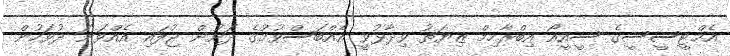
އެމްޓީސީސީގެ ސީއީއޯ އިބްރާހިމް ޒިޔަތު ވިދާޅުވީ އެއްބަސްވުމުގެ ދަށުން ޖުލައި އެއްވަނަ ދުވަހުން